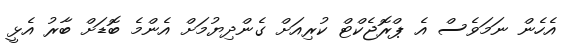
އެހެން ނަމަވެސް އެ ޕްރޮޖެކްޓް ކުރިއަށް ގެންދިޔުމަށް އެންމެ ބޮޑަށް ބާރު އެޅީ